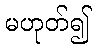
မဟုတ်၍